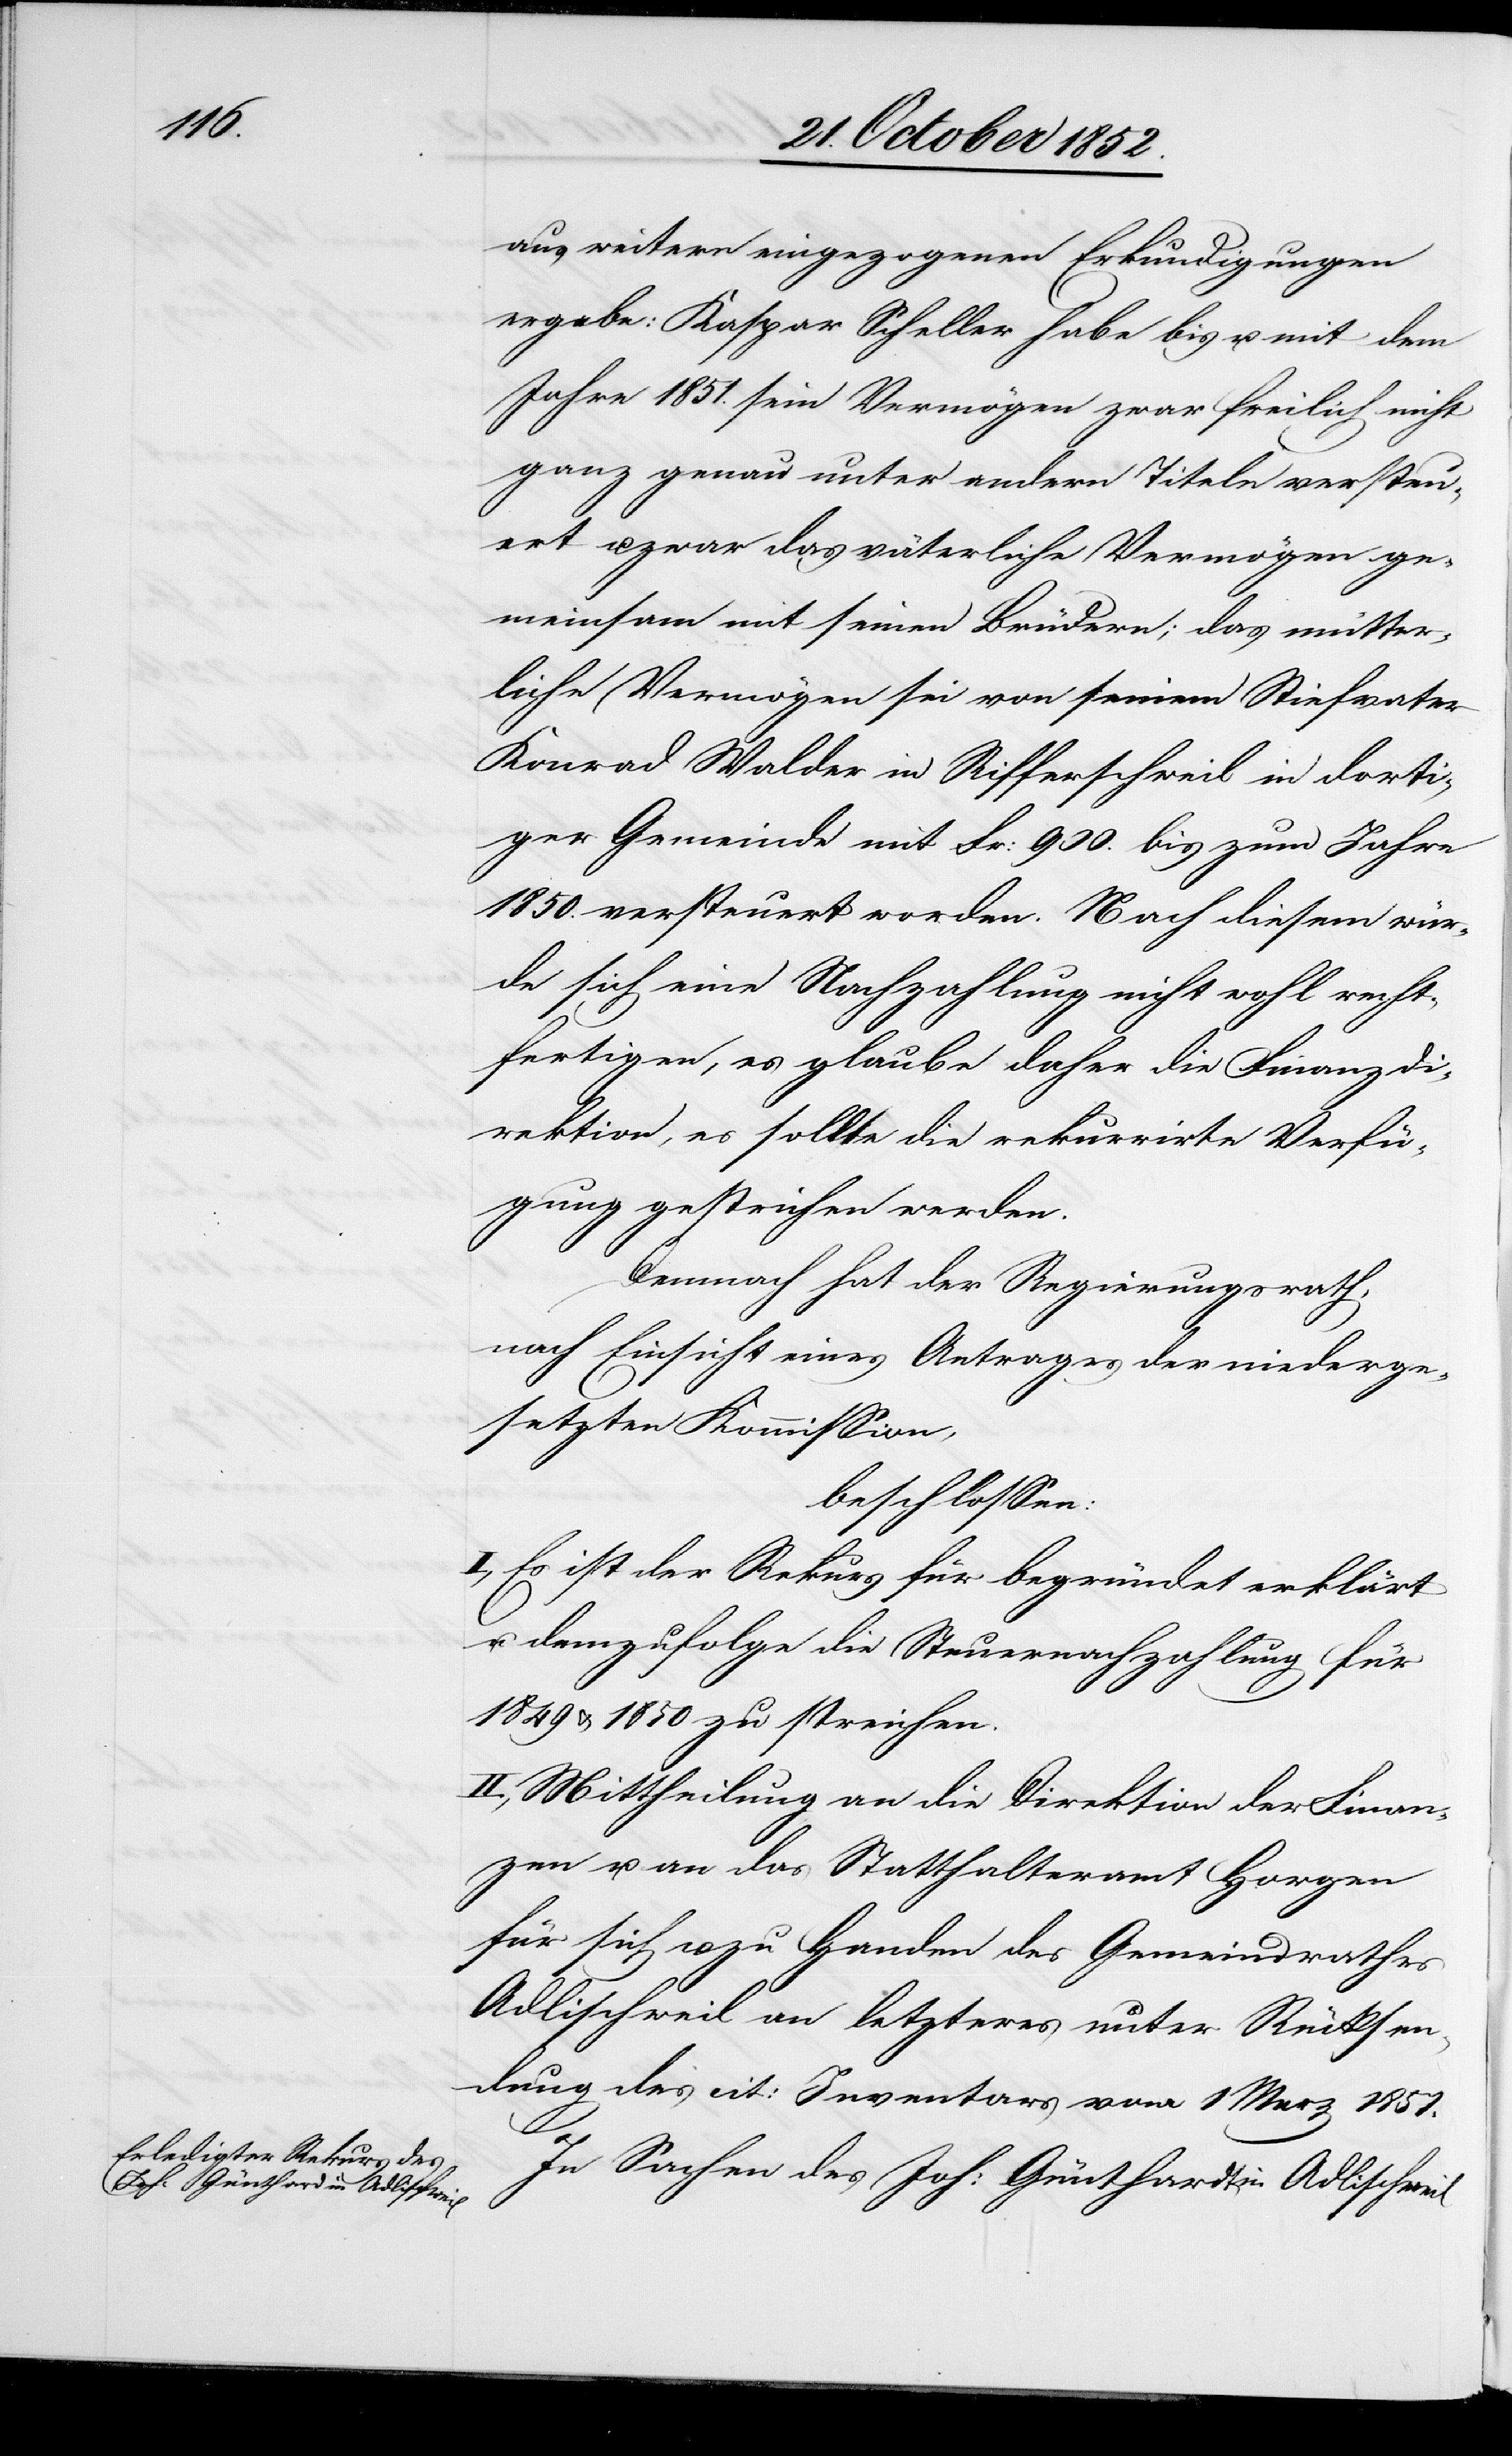
aus weitern eingezogenen Erkundigungen
ergebe: Kaspar Scheller habe bis u. mit dem
Jahre 1851. sein Vermögen zwar freilich nicht
ganz genau unter andern Titeln versteu¬
ert u. zwar das väterliche Vermögen ge¬
meinsam mit seinen Brüdern; das mütter¬
liche Vermögen sei von seinem Stiefvater
Konrad Walder in Rifferschweil in dorti¬
ger Gemeinde mit Fr: 900. bis zum Jahre
1850. versteuert worden. Nach diesem wür¬
de sich eine Nachzahlung nicht wohl recht¬
fertigen, es glaube daher die Finanzdi¬
rektion, es sollte die rekurrirte Verfü¬
gung gestrichen werden.
Demnach hat der Regierungsrath,
nach Einsicht eines Antrages der niederge¬
setzten Kommission,
beschlossen:
I, Es ist der Rekurs für begründet erklärt
u. demzufolge die Steuernachzahlung für
1849 & 1850 zu streichen.
II., Mittheilung an die Direktion der Finan¬
zen u. an das Statthalteramt Horgen
für sich u. zu Handen des Gemeindrathes
Adlischweil an letzteres unter Rücksen¬
dung des cit: Inventars vom 1 Merz 1851.
In Sachen des Joh: Günthardt [sic!]